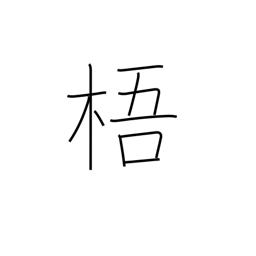
Meaning: Chinese parasol tree